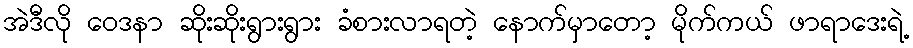
အဲဒီလို ဝေဒနာ ဆိုးဆိုးရွားရွား ခံစားလာရတဲ့ နောက်မှာတော့ မိုက်ကယ် ဖာရာဒေးရဲ့